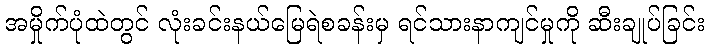
အမှိုက်ပုံထဲတွင် လုံးခင်းနယ်မြေရဲစခန်းမှ ရင်သားနာကျင်မှုကို ဆီးချုပ်ခြင်း